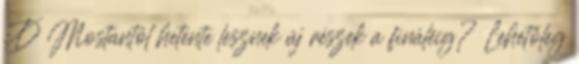
:D Mostantól hetente lesznek új részek a fináléig? Lehetőleg